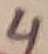
Text: 4